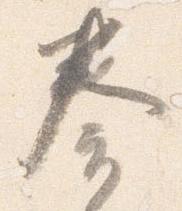
奏